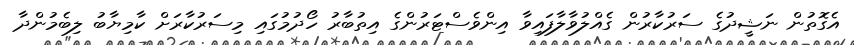
އެގޮތުން ނަޝީދުގެ ސަރުކާރުން ގެއްލުވާލާފައިވާ އިންވެސްޓަރުންގެ އިތުބާރު ހޯދުމުގައި މިސަރުކާރަށް ކާމިޔާބު ލިބެމުންދާ